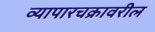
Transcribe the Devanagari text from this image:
व्यापारचक्रावरील